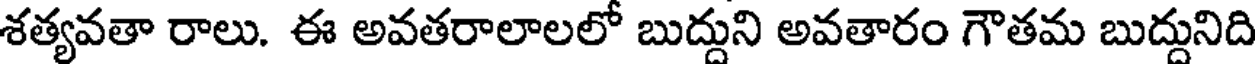
శత్యవతా రాలు. ఈ అవతరాలాలలో బుద్దుని అవతారం గౌతమ బుద్దునిది